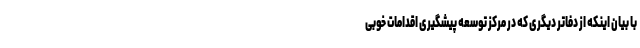
با بیان اینکه از دفاتر دیگری که در مرکز توسعه پیشگیری اقدامات خوبی